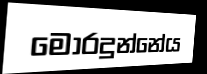
මොරදුන්නේය